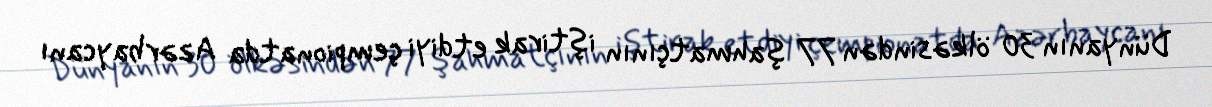
Dünyanın 30 ölkəsindən 77 şahmatçının iştirak etdiyi çempionatda Azərbaycanı